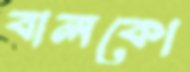
বালকো